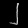
Digit: ၂